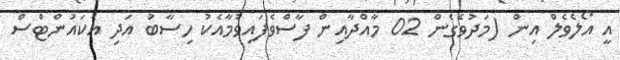
އީ އޯލެވެލް އިން (މަދުވެގެން 02 މާއްދާއިން ފާސްވެފައިވުމާއެކު ހިސާބު އަދި އެކައުންޓްސް